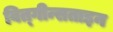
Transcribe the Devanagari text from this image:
वित्गीन्सताइन